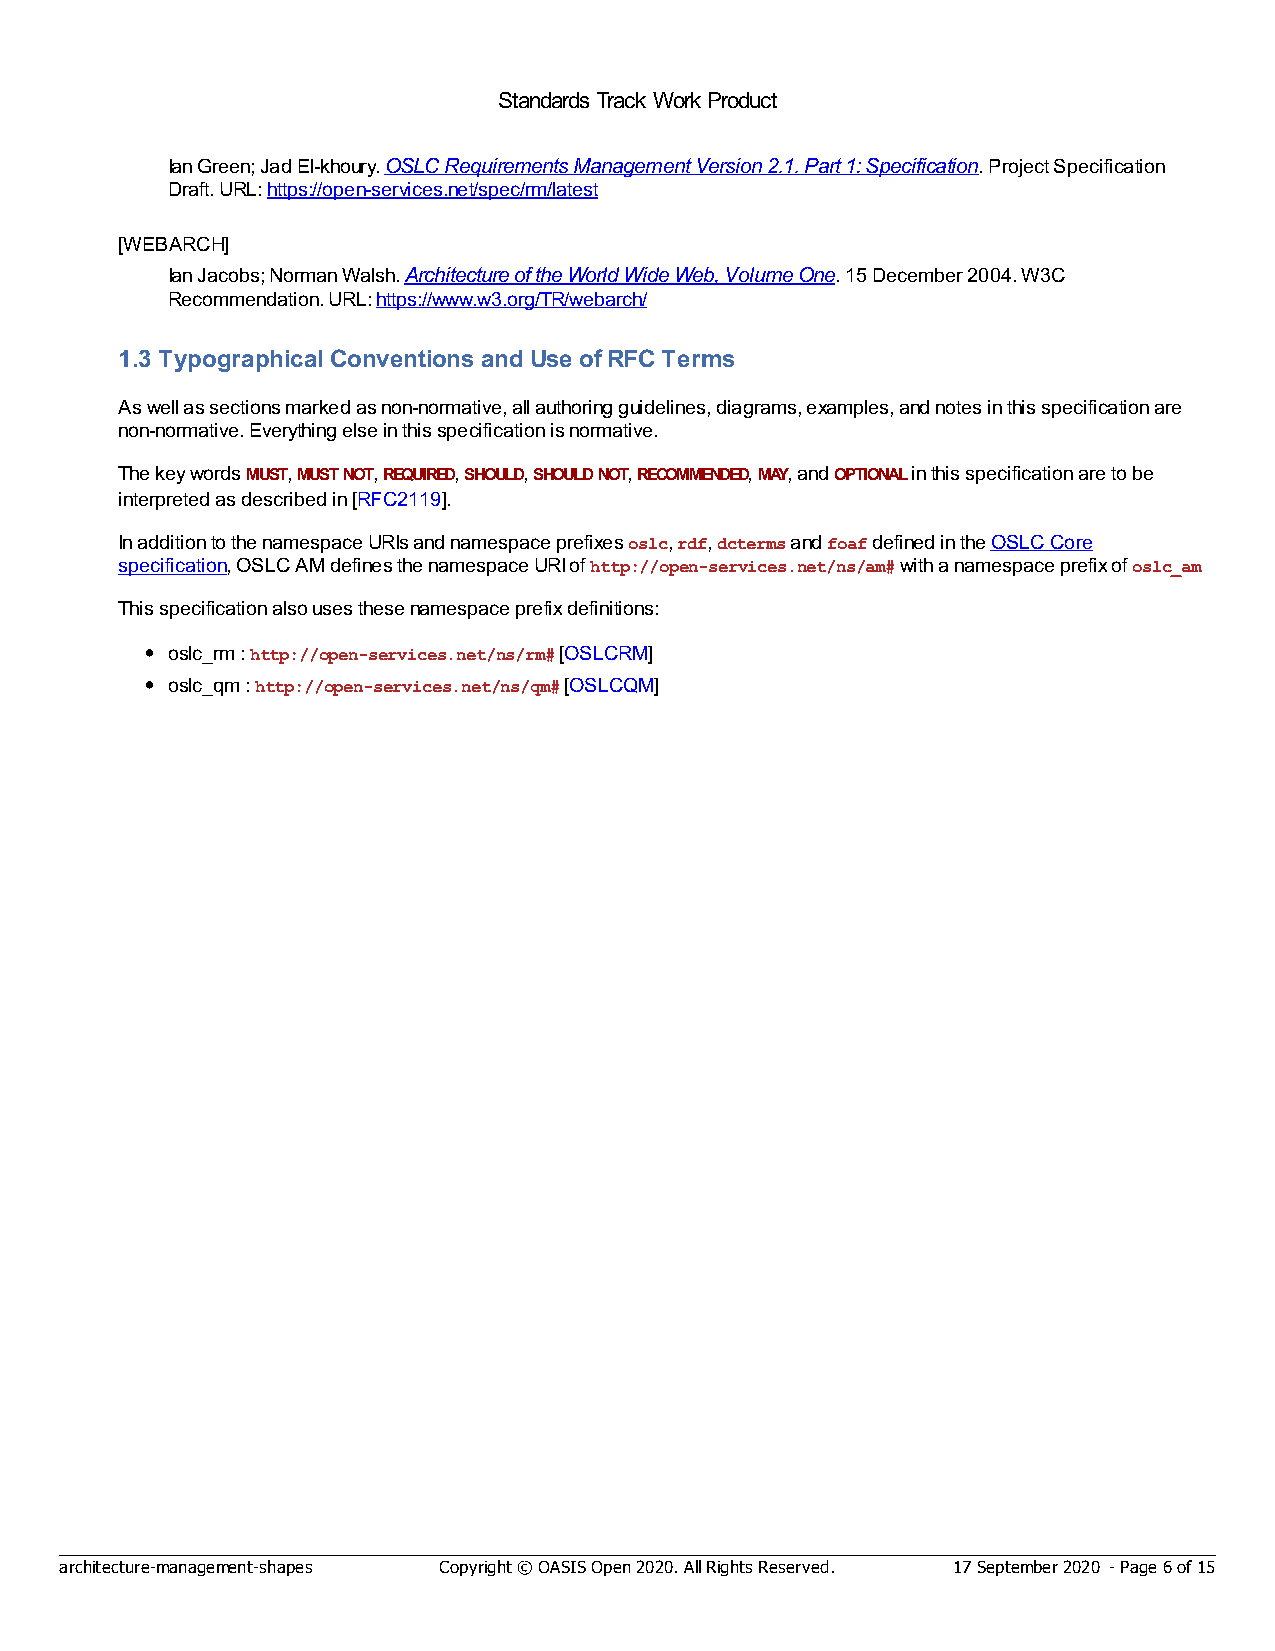
Standards Track Work Product
 Ian Green; Jad El-khoury. OSLC Requirements Management Version 2.1. Part 1: Specification. Project Specification
 Draft. URL: https://open-services.net/spec/rm/latest
 [WEBARCH]
 Ian Jacobs; Norman Walsh. Architecture of the World Wide Web, Volume One. 15 December 2004. W3C
 Recommendation. URL: https://www.w3.org/TR/webarch/
 1.3 Typographical Conventions and Use of RFC Terms
 As well as sections marked as non-normative, all authoring guidelines, diagrams, examples, and notes in this specification are
 non-normative. Everything else in this specification is normative.
 The key words MUST, MUST NOT, REQUIRED, SHOULD, SHOULD NOT, RECOMMENDED, MAY, and OPTIONAL in this specification are to be
 interpreted as described in [RFC2119].
 In addition to the namespace URIs and namespace prefixes oslc, rdf, dcterms and foaf defined in the OSLC Core
 specification, OSLC AM defines the namespace URI of http://open-services.net/ns/am# with a namespace prefix of oslc_am
 This specification also uses these namespace prefix definitions:
 oslc_rm : http://open-services.net/ns/rm# [OSLCRM]
 oslc_qm : http://open-services.net/ns/qm# [OSLCQM]
 architecture-management-shapes Copyright © OASIS Open 2020. All Rights Reserved. 17 September 2020 - Page 6 of 15